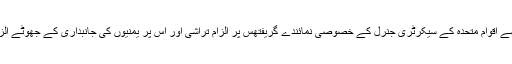
سعودی عرب اور متحدہ عرب امارات کی جانب سے اقوام متحدہ کے سیکرٹری جنرل کے خصوصی نمائندے گریفتھس پر الزام تراشی اور اس پر یمنیوں کی جانبداری کے جھوٹے الزام سے بھی ان کی کمزور پوزیشن عیاں ہوتی ہے۔